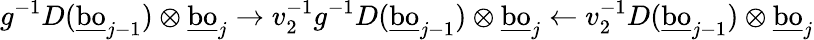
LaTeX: g^{-1}D(\underline{{\mathrm{bo}}}_{j-1})\otimes\underline{{\mathrm{bo}}}_{j}\to v_{2}^{-1}g^{-1}D(\underline{{\mathrm{bo}}}_{j-1})\otimes\underline{{\mathrm{bo}}}_{j}\leftarrow v_{2}^{-1}D(\underline{{\mathrm{bo}}}_{j-1})\otimes\underline{{\mathrm{bo}}}_{j}